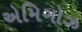
એમિગોઝ